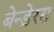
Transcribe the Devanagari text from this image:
बेन्ड़ेरस